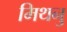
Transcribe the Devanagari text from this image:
मिथनु